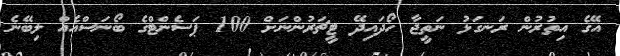
އޭގެ އިތުރުން ރަނގަޅު ނަތީޖާ ހޯދައިދޭ ޓީޗަރުންނަށް 100 ޕަސެންޓްގެ ބޯނަސްއެއް ލިބޭނެ